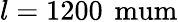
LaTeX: l=1200\, \mathrm{\ mum}